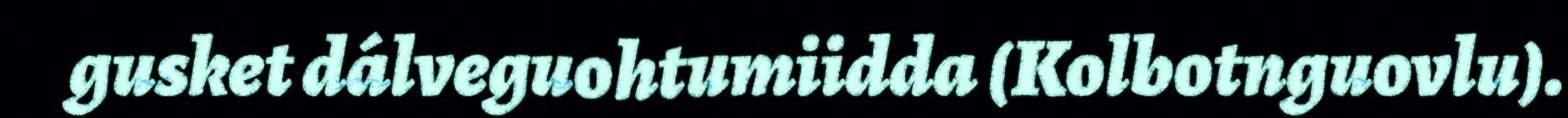
gusket dálveguohtumiidda (Kolbotnguovlu).